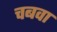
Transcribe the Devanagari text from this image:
चबवा